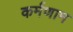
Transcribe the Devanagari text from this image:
कर्मणाम